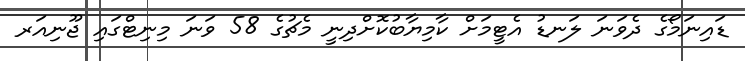
ޑައިނަމޯގެ ދެވަނަ ލަނޑު އެޓީމަށް ކާމިޔާބުކޮށްދިނީ މެޗުގެ 58 ވަނަ މިނިޓްގައި ޖޫނިއަރ